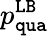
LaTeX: p_{\mathtt{qua}}^{\mathtt{LB}}